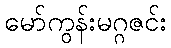
မော်ကွန်းမဂ္ဂဇင်း